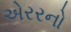
એરરનો